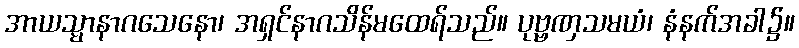
အာယသ္မာနာဂသေနော၊ အရှင်နာဂသိန်မထေရ်သည်။ ပုဗ္ဗဏှသမယံ၊ နံနက်အခါ၌။